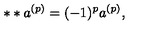
* * a ^ { ( p ) } = ( - 1 ) ^ { p } a ^ { ( p ) } ,